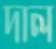
দাল